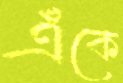
এঁকে